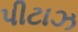
પીટાઝ